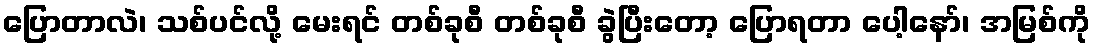
ပြောတာလဲ၊ သစ်ပင်လို့ မေးရင် တစ်ခုစီ တစ်ခုစီ ခွဲပြီးတော့ ပြောရတာ ပေါ့နော်၊ အမြစ်ကို